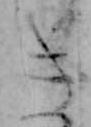
き